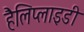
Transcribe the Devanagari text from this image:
हैलिप्लाइडी